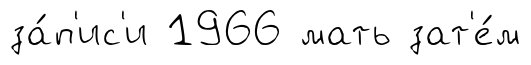
за́п'ис'и 1966 мать зат'е́м